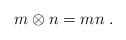
LaTeX: \begin{align*}m\otimes n=mn\;.\end{align*}